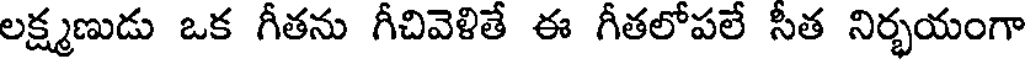
లక్ష్మణుడు ఒక గీతను గీచివెళితే ఈ గీతలోపలే సీత నిర్భయంగా